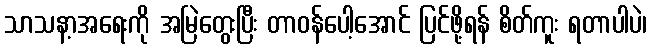
သာသနာ့အရေးကို အမြဲတွေးပြီး တာဝန်ပေါ့အောင် ပြင်ဖို့ရန် စိတ်ကူး ရတာပါပဲ၊